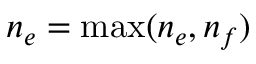
n _ { e } = \operatorname* { m a x } ( n _ { e } , n _ { f } )